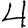
Digit: 4